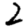
Digit: 2